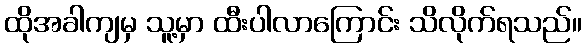
ထိုအခါကျမှ သူ့မှာ ထီးပါလာကြောင်း သိလိုက်ရသည်။